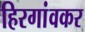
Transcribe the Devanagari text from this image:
हिरगांवकर